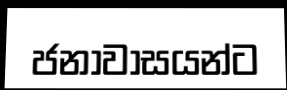
ජනාවාසයන්ට